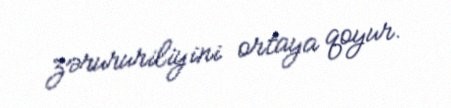
zərururiliyini ortaya qoyur.